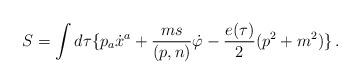
LaTeX: \begin{align*}S =\int d\tau\{ p_a \dot{x}^a+\frac{ms}{(p,n)}\dot{\varphi}-\frac{e(\tau )}{2}(p^2+m^2)\}\, . \end{align*}